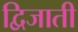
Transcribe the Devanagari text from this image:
द्विजाती